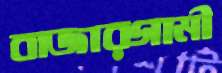
বাজারগামী